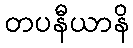
တပနီယာနိ